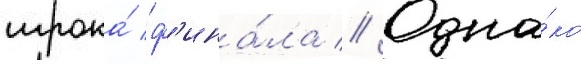
игрока́ ф'ина́ла // Одна́ко